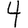
Digit: 4